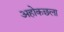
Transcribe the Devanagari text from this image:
अहोकछला